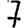
Digit: 7